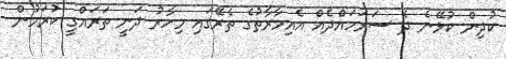
ކުދިން ކުޅޭނެ ދެ ސަރަހައްެދެއް އެއިމާރާތުގެ ތެރޭގައި މިހާރު ދަނީ ތަރައްގީ ކުރަމުން